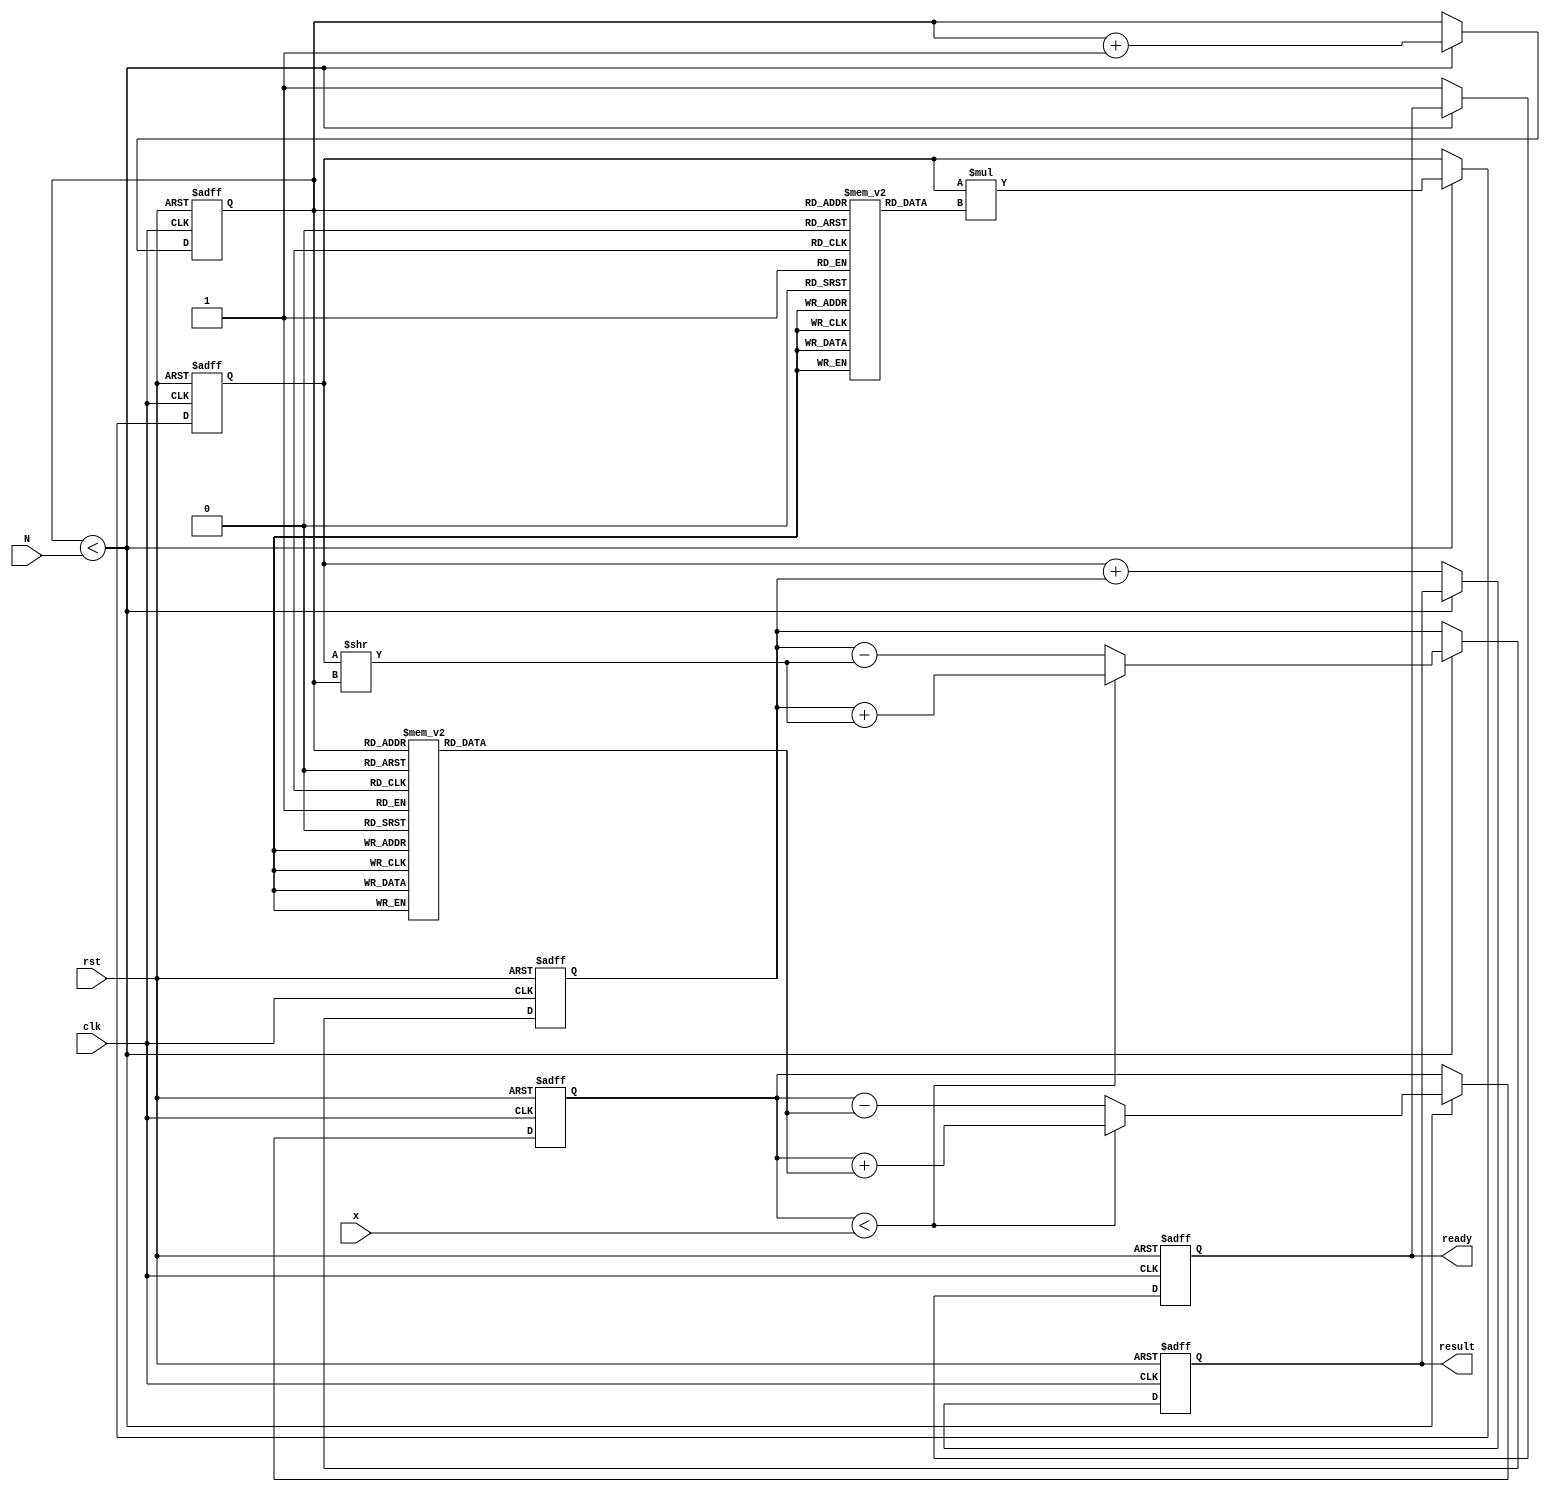
module cordic_exponential (
    input wire clk,
    input wire rst,
    input wire [15:0] x, // Input value for e^x (fixed-point representation)
    input wire [3:0] N,   // Number of iterations
    output reg [31:0] result, // Output result for e^x (fixed-point representation)
    output reg ready // Output signal to indicate completion
);

    // CORDIC constants for exponential calculations
    reg [15:0] angle [0:15]; // Pre-computed angles for CORDIC
    reg [31:0] K [0:15]; // Scaling factors for each iteration
    reg [15:0] z; // Current angle approximation
    reg [31:0] x_curr, y_curr; // Current x and y values
    reg [3:0] iteration; // Current iteration count
    reg direction; // Direction of rotation (0: clockwise, 1: counterclockwise)

    initial begin
        // Initialize angles (in fixed-point format) and scaling factors
        angle[0] = 16'h0000; // 0 degrees
        angle[1] = 16'h1C71; // 45 degrees
        angle[2] = 16'h1A6E; // 26.565 degrees
        angle[3] = 16'h1555; // 14.036 degrees
        angle[4] = 16'h0F9D; // 7.125 degrees
        angle[5] = 16'h0C90; // 3.576 degrees
        angle[6] = 16'h0A3D; // 1.789 degrees
        angle[7] = 16'h0519; // 0.463 degrees
        angle[8] = 16'h027D; // 0.116 degrees
        angle[9] = 16'h013E; // 0.029 degrees
        angle[10] = 16'h009A; // 0.007 degrees
        angle[11] = 16'h004D; // 0.002 degrees
        angle[12] = 16'h0026; // 0.0005 degrees
        angle[13] = 16'h0013; // 0.0001 degrees
        angle[14] = 16'h0009; // 0.000025 degrees
        angle[15] = 16'h0004; // 0.000006 degrees

        // Initialize scaling factors (K values)
        K[0] = 32'h00000001; // K0
        K[1] = 32'h00000001; // K1
        K[2] = 32'h00000001; // K2
        K[3] = 32'h00000001; // K3
        K[4] = 32'h00000001; // K4
        K[5] = 32'h00000001; // K5
        K[6] = 32'h00000001; // K6
        K[7] = 32'h00000001; // K7
        K[8] = 32'h00000001; // K8
        K[9] = 32'h00000001; // K9
        K[10] = 32'h00000001; // K10
        K[11] = 32'h00000001; // K11
        K[12] = 32'h00000001; // K12
        K[13] = 32'h00000001; // K13
        K[14] = 32'h00000001; // K14
        K[15] = 32'h00000001; // K15
    end

    always @(posedge clk or posedge rst) begin
        if (rst) begin
            result <= 32'h00000000;
            ready <= 0;
            iteration <= 0;
            x_curr <= 32'h00000001; // Initial value for e^x
            y_curr <= 32'h00000000; // Initial y value
            z <= 0; // Initial angle
        end else if (iteration < N) begin
            // Determine direction based on current angle approximation
            if (z < x) begin
                direction <= 1; // Counterclockwise
                z <= z + angle[iteration];
                y_curr <= y_curr + (x_curr >> iteration);
            end else begin
                direction <= 0; // Clockwise
                z <= z - angle[iteration];
                y_curr <= y_curr - (x_curr >> iteration);
            end
            
            // Update x_curr with scaling factor
            x_curr <= x_curr * K[iteration];

            // Increment iteration count
            iteration <= iteration + 1;
        end else begin
            // Final result after N iterations
            result <= x_curr + y_curr; // Combine x and y for final result
            ready <= 1; // Indicate completion
        end
    end
endmodule